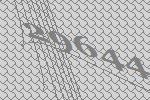
29644